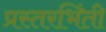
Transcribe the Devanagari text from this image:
प्रस्तरभिंती